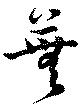
蕪